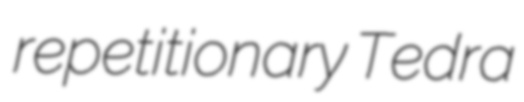
repetitionary Tedra